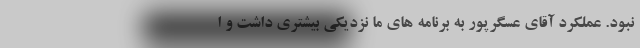
نبود. عملکرد آقای عسگرپور به برنامه های ما نزدیکی بیشتری داشت و ا